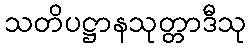
သတိပဋ္ဌာနသုတ္တာဒီသု